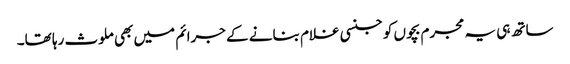
ساتھ ہی یہ مجرم بچوں کو جنسی غلام بنانے کے جرائم میں بھی ملوث رہا تھا۔